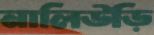
নালিউড়ি